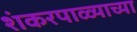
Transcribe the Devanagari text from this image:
शंकरपाळ्याच्या